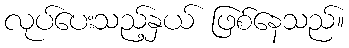
လုပ်ပေးသည့်နှယ် ဖြစ်နေသည်။